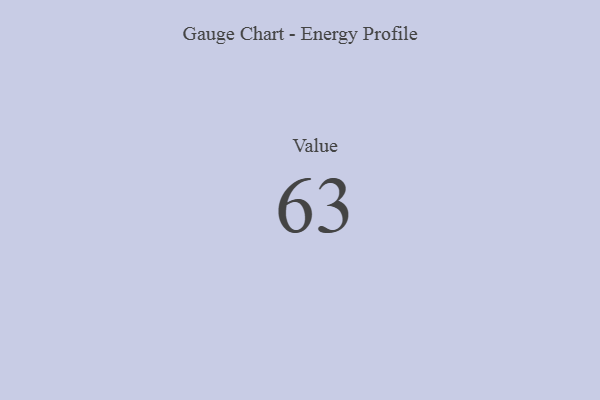
{"axis": {"x": "Metric", "y": "Value"}, "legend": [""], "data": [{"x": "Value", "y": 63, "type": ""}]}